Vaccination in Bombay 1889-1901 - 1889-1901
Year: 1889
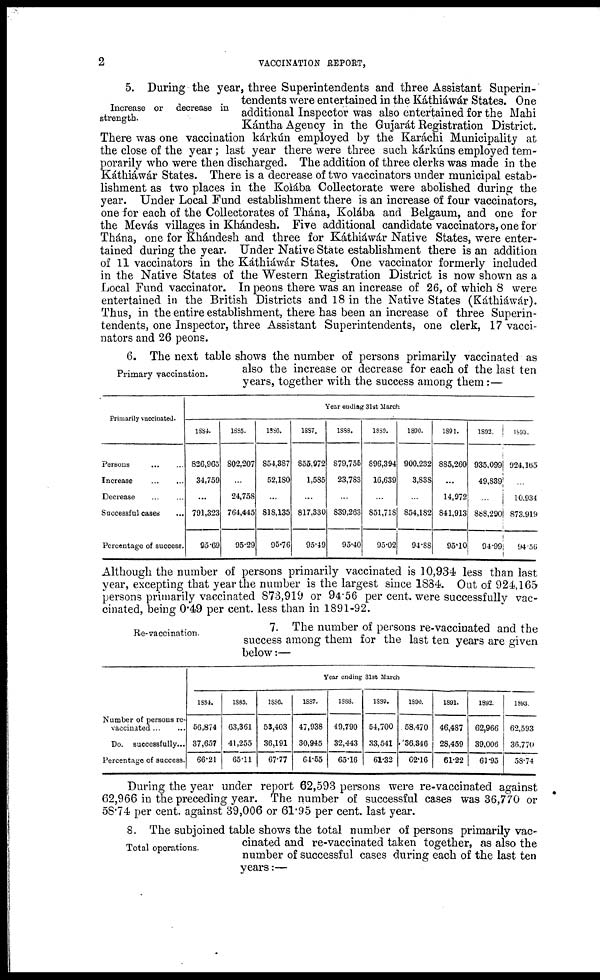
2
VACCINATION REPORT,
Increase or decrease in
strength.
5. During the year, three Superintendents and three Assistant Superin-
tendents were entertained in the Káthiáwár States. One
additional Inspector was also entertained for the Mahi
Kántha Agency in the Gujarát Registration District.
There was one vaccination kárkún employed by the Karáchi Municipality at
the close of the year; last year there were three such kárkúns employed tem-
porarily who were then discharged. The addition of three clerks was made in the
Káthiáwár States. There is a decrease of two vaccinators under municipal estab-
lishment as two places in the Kolába Collectorate were abolished during the
year. Under Local Fund establishment there is an increase of four vaccinators,
one for each of the Collectorates of Thána, Kolába and Belgaum, and one for
the Mevás villages in Khándesh. Five additional candidate vaccinators, one for
Thána, one for Khándesh and three for Káthiáwár Native States, were enter-
tained during the year. Under Native State establishment there is an addition
of 11 vaccinators in the Káthiáwár States. One vaccinator formerly included
in the Native States of the Western Registration District is now shown as a
Local Fund vaccinator. In peons there was an increase of 26, of which 8 were
entertained in the British Districts and 18 in the Native States (Káthiáwár).
Thus, in the entire establishment, there has been an increase of three Superin-
tendents, one Inspector, three Assistant Superintendents, one clerk, 17 vacci-
nators and 26 peons.
Primary vaccination.
6. The next table shows the number of persons primarily vaccinated as
also the increase or decrease for each of the last ten
years, together with the success among them :—
Primarily vaccinated.
Persons ... ...
Increase ... ...
Decrease
...
...
Successful cases
...
Percentage of success.
Year ending 31st March
1884.
826,965
34,759
...
791,323
95.69
1885.
802,207
...
24,758
764,445
95.29
1886.
854,387
52,180
...
818,135
95.76
1887.
855,972
1,585
...
817,330
95.49
1898.
879,755
23,783
...
839,263
95.40
1889.
896,394
16,639
...
851,718
95.02
1890.
900,232
3,838
...
854,182
94.88
1891.
885,260
...
14,972
841,913
95.10
1892.
935,099
49,839
...
888,290
94.99
1893.
924,165
...
10,934
873,919
94.56
Although the number of persons primarily vaccinated is 10,934 less than last
year, excepting that year the number is the largest since 1884. Out of 924,165
persons primarily vaccinated 873,919 or 94.56 per cent. were successfully vac-
cinated, being 0.49 per cent. less than in 1891-92.
Re-vaccination.
7. The number of persons re-vaccinated and the
success among them for the last ten years are given
below:—
Number of persons re¬
vaccinated ... ...
Do. successfully...
Percentage of success.
Year ending 31st March
1884.
56,874
37,657
66.21
1885.
63,361
41,255
65.11
1886.
53,403
36,191
67.77
1887.
47,938
30,945
64.55
1883.
49,790
32,443
65.16
1889.
54,700
33,541
61.32
1890.
58,470
36,346
62.16
1891.
46,487
28,459
61.22
1892.
62,966
39,006
61.95
1893.
62,593
36,770
58.74
During the year under report 62,593 persons were re-vaccinated against
62,966 in the preceding year. The number of successful cases was 36,770 or
58.74 per cent. against 39,006 or 61.95 per cent. last year.
Total operations.
8. The subjoined table shows the total number of persons primarily vac-
cinated and re-vaccinated taken together, as also the
number of successful cases during each of the last ten
years:—